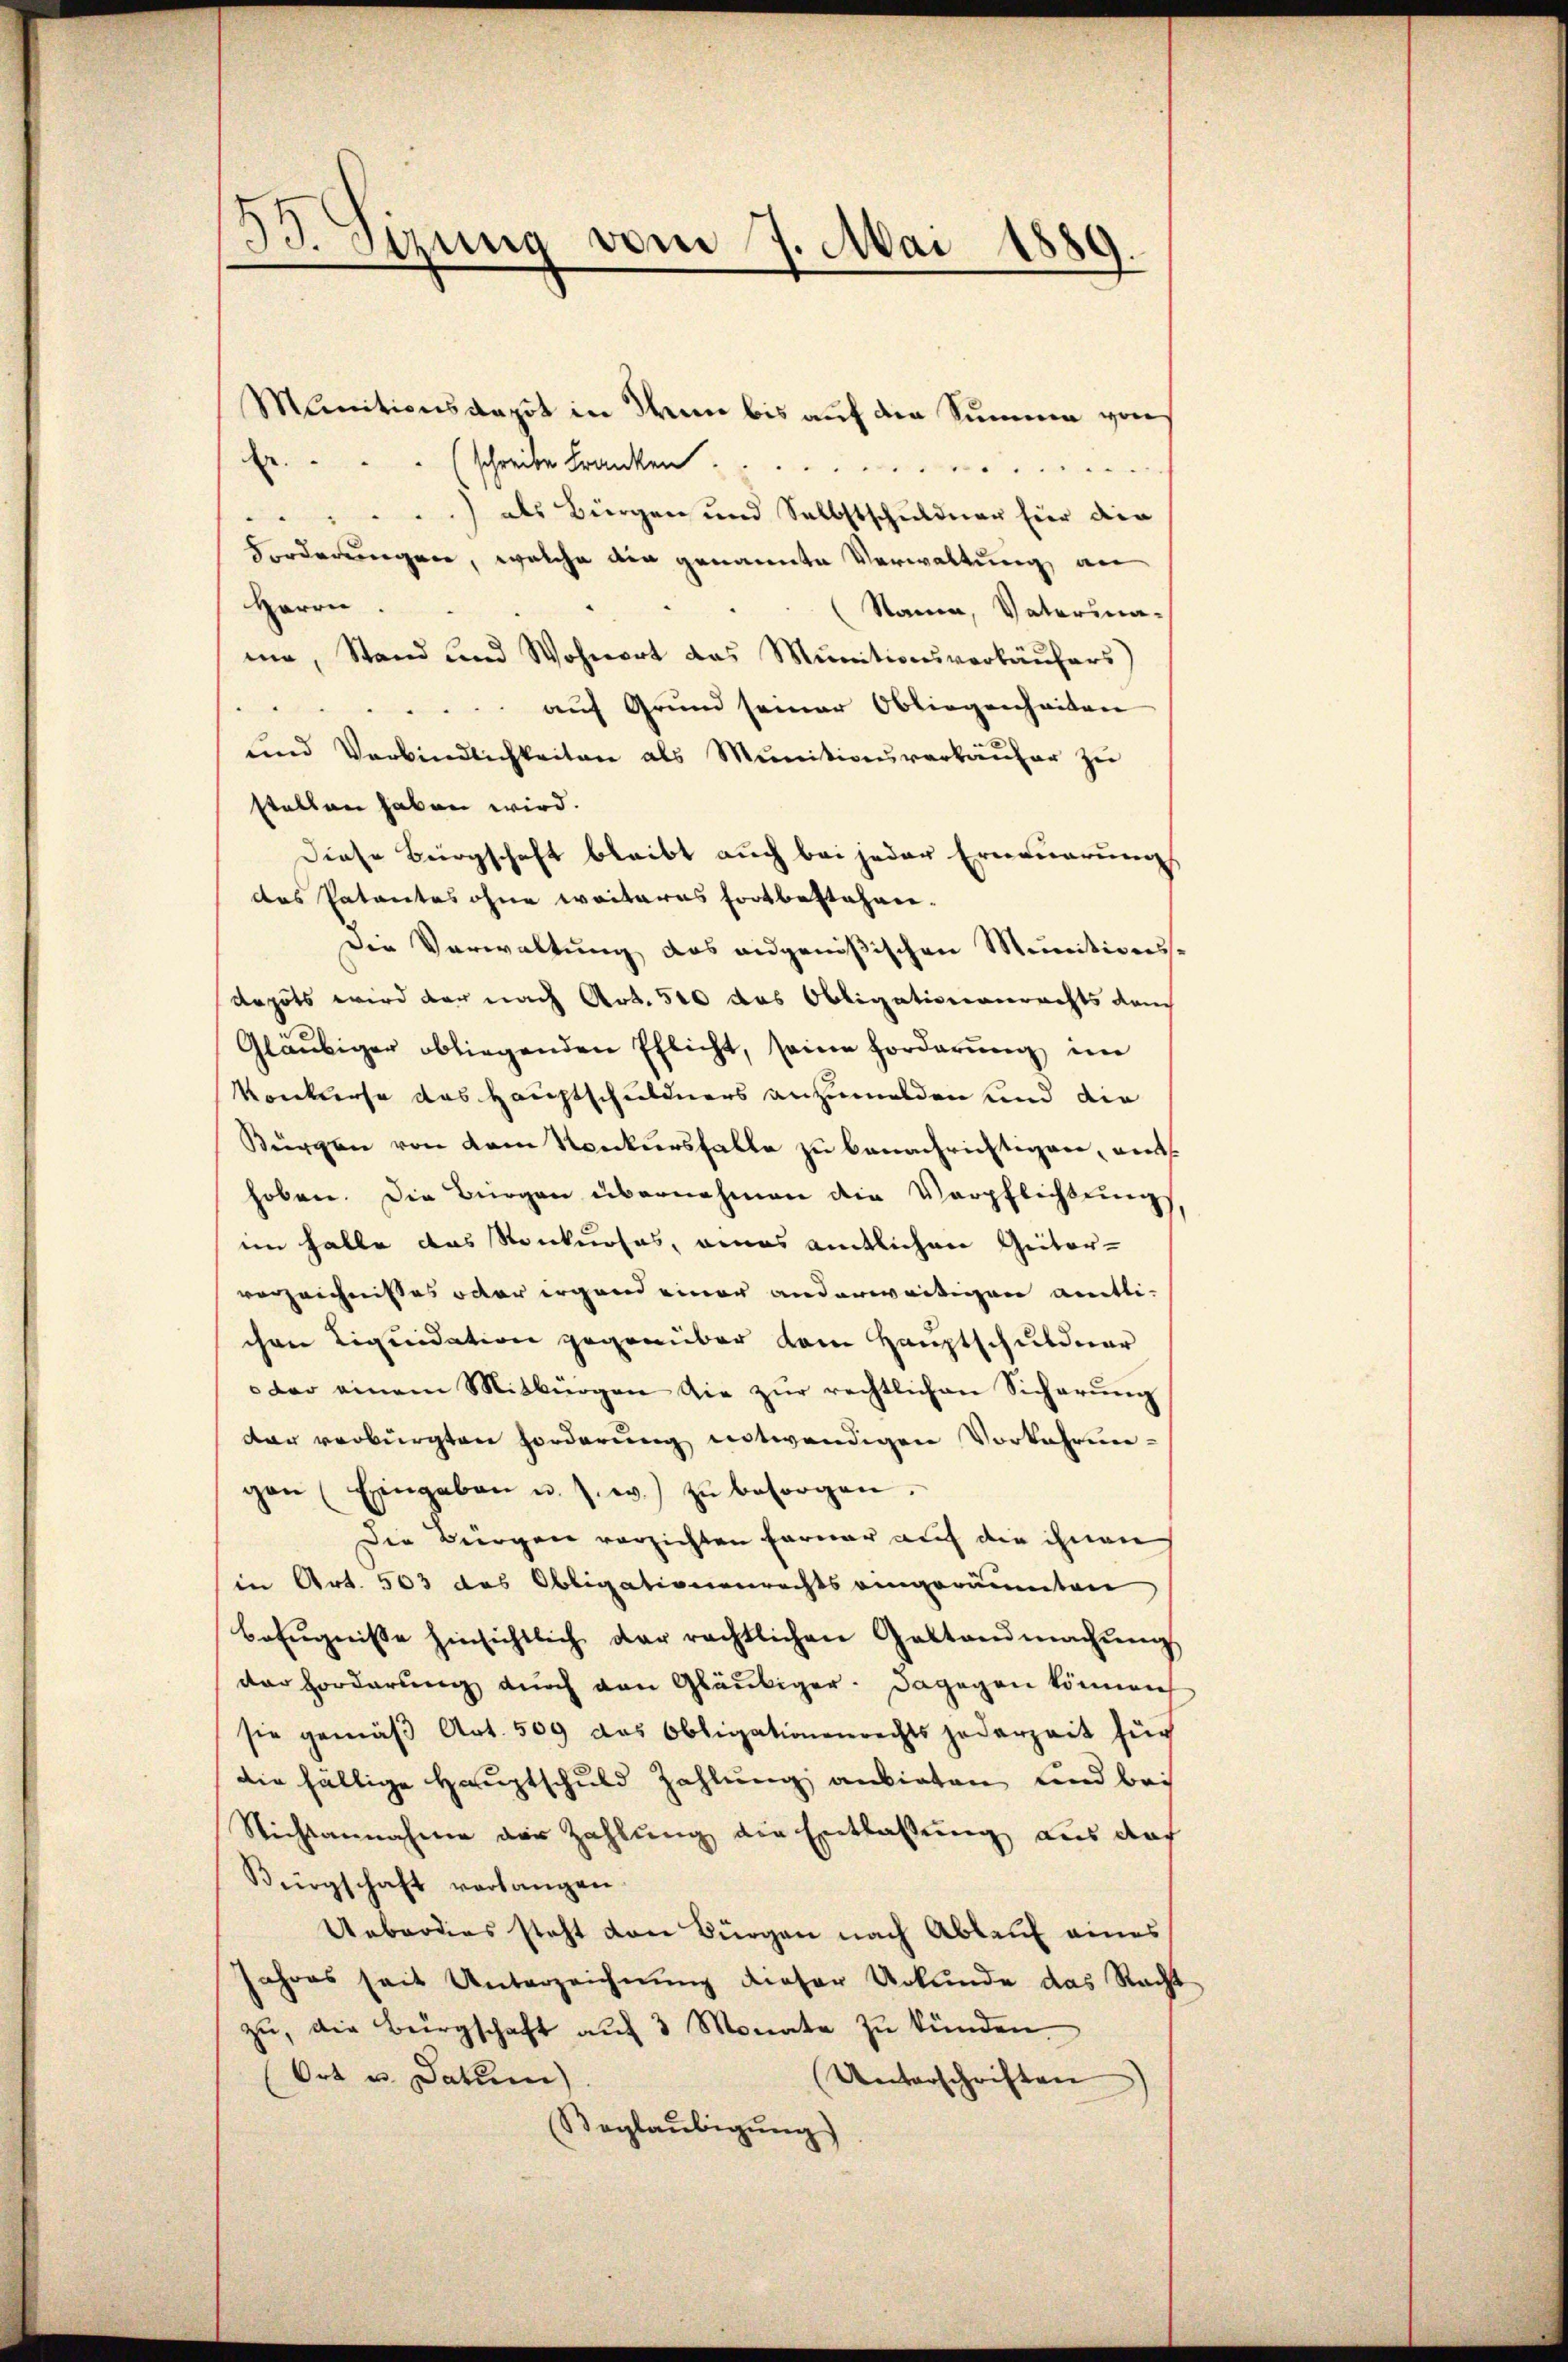
B. Sitzung vom 7. Mai 1889.

Munitionskapit in Wenn bis auf die Summe von
Er
schreibe Franken
) als Bürgen und Selbstschuldner hier den
Forderungen, welche die genannte Verwaltung an
Herrn.
Stamm, Vaterina-
me, Stand und Wohnort das Munitionsverkäufers)
auf Grund seiner Obliegenheiten
und Verbindlichkeiten als Munitionsverkäŭfer zŭ
stellen haben wird.
Diese Bürgschaft bleibt auch bei jeder Erneuerung
das Patentes ohne weiteres Fortbestehen.
Die Verwaltung das angenößischen Munitiven.
depots wird der nach Art. 510 das Obligationenrechts dach
Gläubiger obliegenden Ehlicht, seine Forderung im
Konkurse das Hauptschuldners anzumelden und die
Bürgen von dem Konkursfalle zu benachrichtigen, ents
hoben. Die Bürgen übernehmen die Verpflichtung
im halbe das Konkurses, eines amtlichen Geitar-
verzeichnisses oder irgend einer anderweitigen amtlichen Liquidation gegenüber dem Hauptschuldner
der einem Mitbürgen die zŭr rechtlichen Sicherŭng
dar verbürgten Forderung notwendigen Vorkehrungan (Eingaben u. s. w. zŭ besorgen.
Die Bürgen verzichten Ferner auf die ihnen
in Art. 503 des Obligationenrechts eingeräumten
befŭgnisse hinsichtlich der rechtlichen Gestand machŭng
der Forderung durch den Gläubiger. Dagegen können
sie gemäß Art. 509 das Obligationenrechts jederzeit für
die fällige Hauptschuld Zahlung anbieten und bey
Nichtannahme der Zahlung die Entlassung aus das
Bürgschaft verlangen
Ueberdies steht von Bürgen nach Ablauf eines
Jahres seit Unterzeichnung dieser Urkunde das Recht
zu, die Bürgschaft auf 3 Monate zu künden.
(Ort u. datum)
Unterschriften
Beglaubigung)